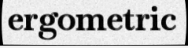
ergometric